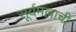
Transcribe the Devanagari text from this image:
सूर्यमल्लाची